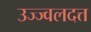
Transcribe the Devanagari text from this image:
उज्ज्वलदत्त